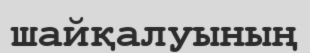
шайқалуының